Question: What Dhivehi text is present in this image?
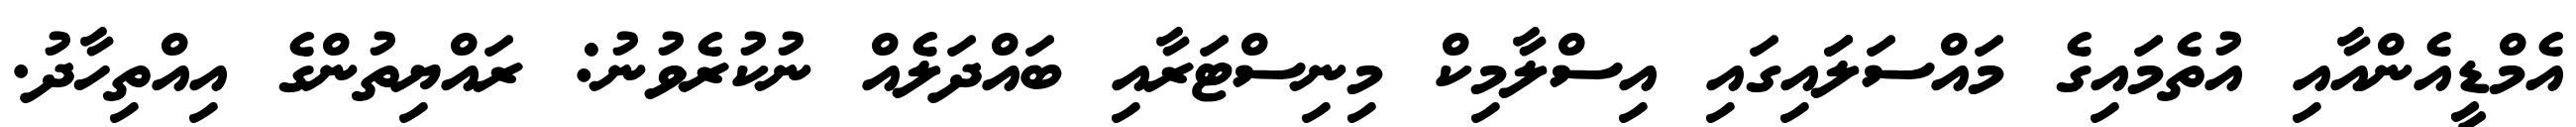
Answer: އެމްޑީއެންއާއި އުތެމައިގެ މައްސަލަައިގައި އިސްލާމިކް މިނިސްޓަރާއި ބައްދަލެއް ނުކުރެވުނު: ރައްޔިތުންގެ އިއްތިހާދު.